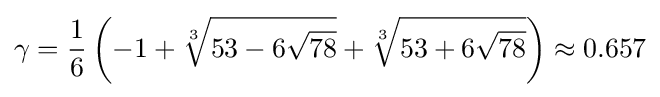
\gamma ={\frac {1}{6}}\left(-1+{\sqrt[{3}]{53-6{\sqrt {78}}}}+{\sqrt[{3}]{53+6{\sqrt {78}}}}\right)\approx 0.657